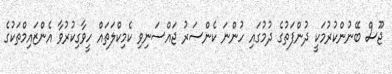
ޖޫސް ބޭނުންކުރުމަކީ ދުންފަތުގެ ދުމުގައި ހުންނަ ކެންސަރު ޖައްސަނިވި ކެމިކްލަތައް ހީވާގިކުރުވާ އެންޒައިމްތަކުގެ